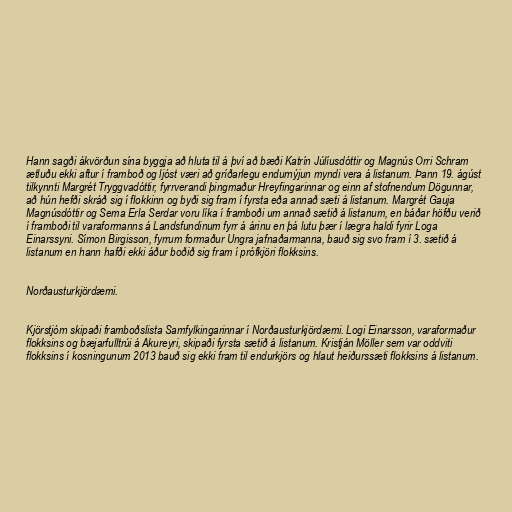
Hann sagði ákvörðun sína byggja að hluta til á því að bæði Katrín Júlíusdóttir og Magnús Orri Schram
ætluðu ekki aftur í framboð og ljóst væri að gríðarlegu endurnýjun myndi vera á listanum. Þann 19. ágúst
tilkynnti Margrét Tryggvadóttir, fyrrverandi þingmaður Hreyfingarinnar og einn af stofnendum Dögunnar,
að hún hefði skráð sig í flokkinn og byði sig fram í fyrsta eða annað sæti á listanum. Margrét Gauja
Magnúsdóttir og Sema Erla Serdar voru líka í framboði um annað sætið á listanum, en báðar höfðu verið
í framboði til varaformanns á Landsfundinum fyrr á árinu en þá lutu þær í lægra haldi fyrir Loga
Einarssyni. Símon Birgisson, fyrrum formaður Ungra jafnaðarmanna, bauð sig svo fram í 3. sætið á
listanum en hann hafði ekki áður boðið sig fram í prófkjöri flokksins.

Norðausturkjördæmi.

Kjörstjórn skipaði framboðslista Samfylkingarinnar í Norðausturkjördæmi. Logi Einarsson, varaformaður
flokksins og bæjarfulltrúi á Akureyri, skipaði fyrsta sætið á listanum. Kristján Möller sem var oddviti
flokksins í kosningunum 2013 bauð sig ekki fram til endurkjörs og hlaut heiðurssæti flokksins á listanum.